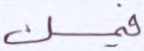
فيمسك